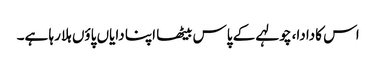
اس کادادا، چولہے کے پاس بیٹھا اپنا دایاں پاؤں ہلا رہا ہے۔